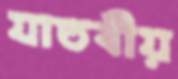
যাতবীয়